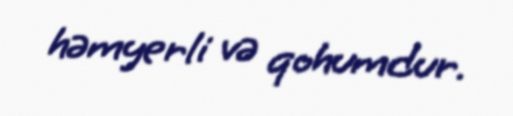
həmyerli və qohumdur.